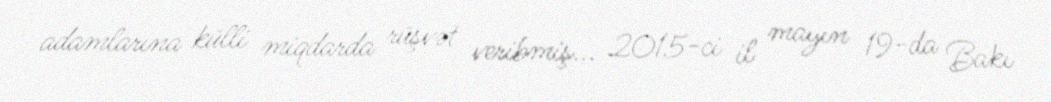
adamlarına külli miqdarda rüşvət veribmiş... 2015-ci il mayın 19-da Bakı